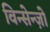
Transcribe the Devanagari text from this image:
विन्सेन्ज़ो